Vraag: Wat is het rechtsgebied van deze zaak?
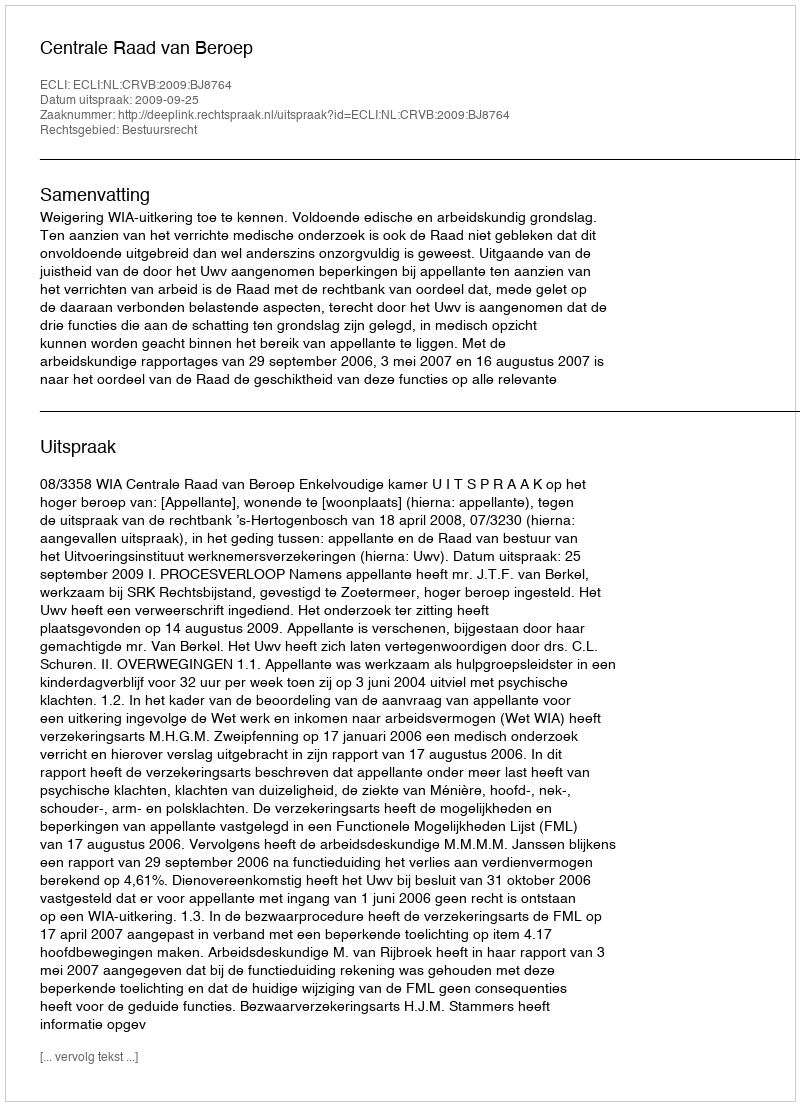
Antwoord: Bestuursrecht